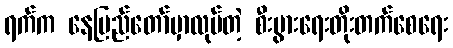
ရက်က နေပြည်တော်မှာလုပ်တဲ့ စီးပွားရေးတိုးတက်စေရေး